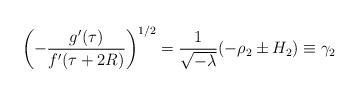
LaTeX: \begin{align*} \left(-\frac{g'(\tau)}{f'(\tau+2R)}\right)^{1/2} = \frac{1}{\sqrt{-\lambda}}(-\rho_2\pm H_2)\equiv \gamma_2\end{align*}